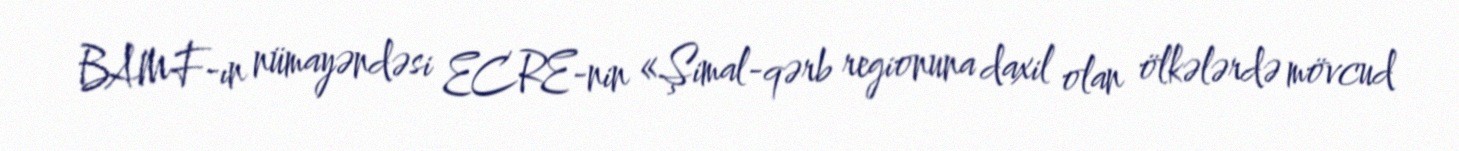
BAMF-ın nümayəndəsi ECRE-nin «Şimal-qərb regionuna daxil olan ölkələrdə mövcud